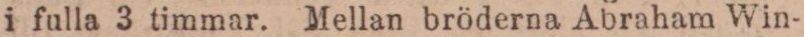
i fulla 3 timmar. Mellan bröderna Abraham Win-